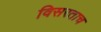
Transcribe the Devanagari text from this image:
विसरताच